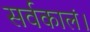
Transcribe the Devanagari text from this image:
सर्वकालं।